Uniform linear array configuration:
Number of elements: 64
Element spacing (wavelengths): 0.5
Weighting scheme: exponential
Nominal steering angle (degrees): -45
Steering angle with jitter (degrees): -43.219
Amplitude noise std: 0.05
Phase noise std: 0.05

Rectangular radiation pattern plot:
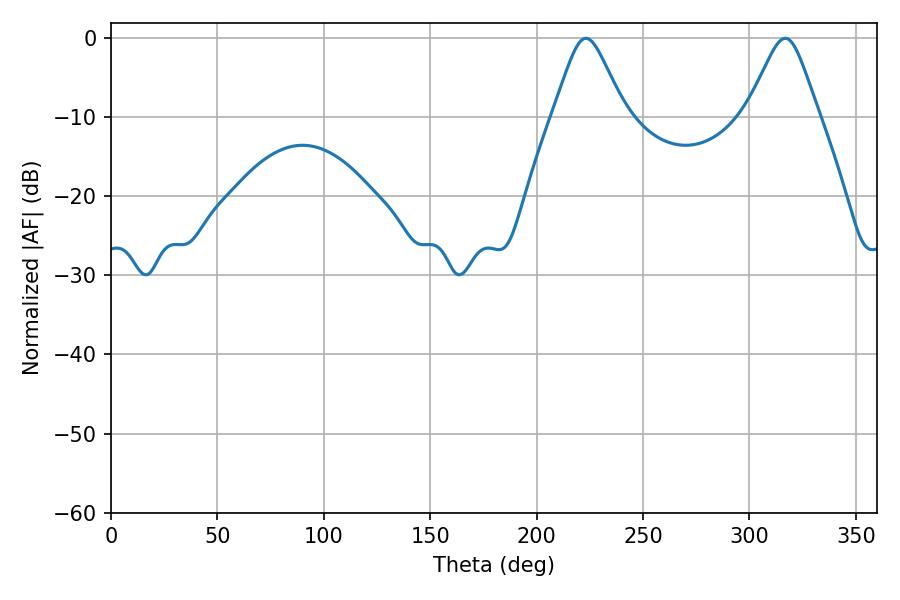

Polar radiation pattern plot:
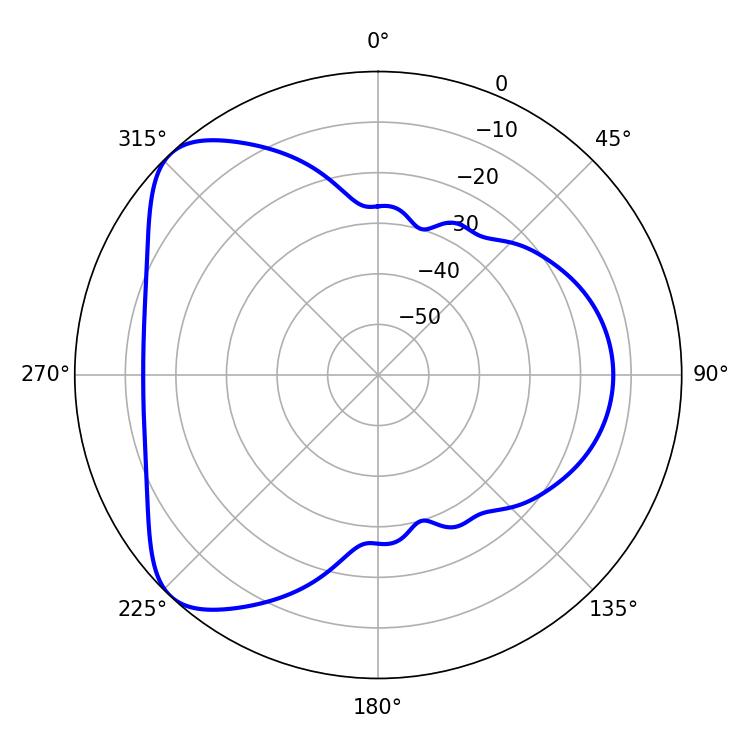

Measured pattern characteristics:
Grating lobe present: FALSE
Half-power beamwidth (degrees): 16.02
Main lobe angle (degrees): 223.2